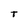
Character: t